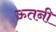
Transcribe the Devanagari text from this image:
ऊतनी